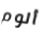
ألوم